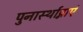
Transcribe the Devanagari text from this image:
पुनार्स्थाप्नाएं